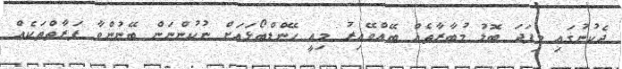
ދެކުނުގައި މިފަދަ ބޮޑު މުބާރާތެއް ބޭއްވޭއިރު މިއީ ހޭންޑްބޯޅައަށް ނުކުންނަން ބޭނުންވާ ފަރާތްތަކެއް